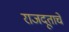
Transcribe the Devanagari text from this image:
राजदूताचे